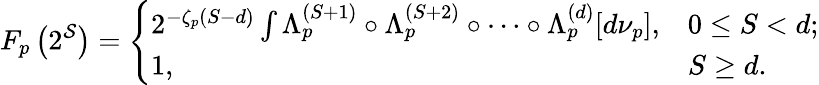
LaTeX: F_{p}\left(2^{\mathcal{S}}\right)=\left\{ \begin{array}{ll}{2^{-\zeta_{p}(S-d)}\int\Lambda_{p}^{(S+1)}\circ\Lambda_{p}^{(S+2)}\circ\cdots\circ\Lambda_{p}^{(d)}[d\nu_{p}],}&{0\le S<d;}\\ {1,}&{S\ge d.}\end{array}\right.